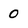
Character: 0